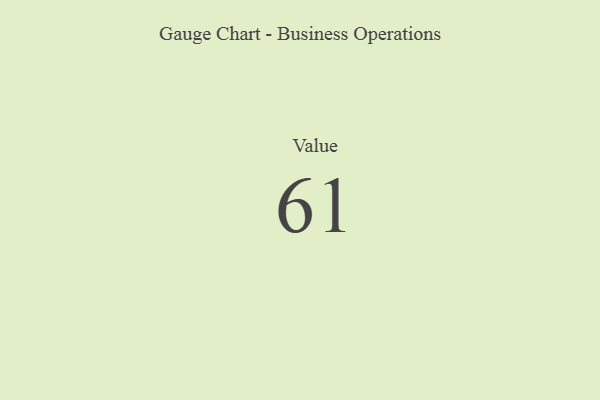
{"axis": {"x": "Metric", "y": "Value"}, "legend": [""], "data": [{"x": "Value", "y": 61, "type": ""}]}